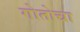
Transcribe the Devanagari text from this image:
गोतोचा